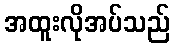
အထူးလိုအပ်သည်